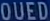
OUED